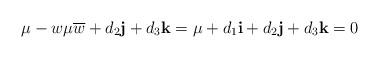
LaTeX: \begin{align*}\mu-w\mu\overline{w}+d_{2}{\bf j}+d_{3}{\bf k}=\mu+d_{1}{\bf i}+d_{2}{\bf j}+d_{3}{\bf k}=0\end{align*}